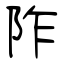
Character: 阼